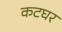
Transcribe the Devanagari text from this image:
कटघर